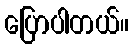
ပြောပါတယ်။